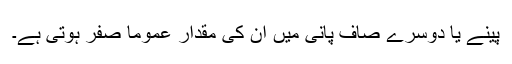
پینے یا دوسرے صاف پانی میں ان کی مقدار عموماً صفر ہوتی ہے۔